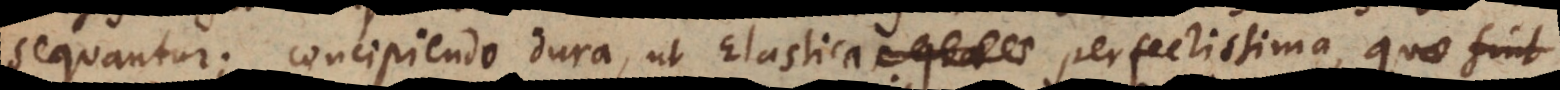
sequantur; concipiendo dura, ut Elastica perfectissima, quae